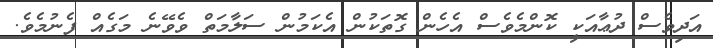
އަދިވެސް ދުޢާއަކީ ކޮންމެވެސް އެހެން ގޮތަކުން އެކަމުން ސަލާމަތް ވެވޭނެ މަގެއް ފެނުމެވެ.